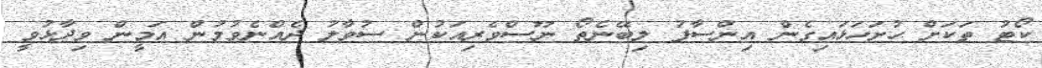
ކޯޓު ތަކަށް ހުށަހަޅައިގެން އިންސާފު ލިބޭނެތޯ ނޫސްވެރިއަކުން ސުވާލު ދެއްނެވުމުން އަމީން ވިދާޅުވީ